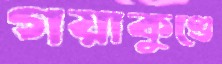
গয়াকুণ্ডে